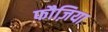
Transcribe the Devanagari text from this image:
फौज़िया